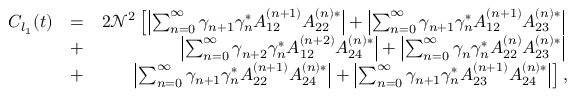
\begin{array} { r l r } { C _ { l _ { 1 } } ( t ) } & { = } & { 2 \mathcal { N } ^ { 2 } \left[ \left| \sum _ { n = 0 } ^ { \infty } \gamma _ { n + 1 } \gamma _ { n } ^ { * } A _ { 1 2 } ^ { \left( n + 1 \right) } A _ { 2 2 } ^ { \left( n \right) * } \right| + \left| \sum _ { n = 0 } ^ { \infty } \gamma _ { n + 1 } \gamma _ { n } ^ { * } A _ { 1 2 } ^ { \left( n + 1 \right) } A _ { 2 3 } ^ { \left( n \right) * } \right| \right. } \\ & { + } & { \left. \left| \sum _ { n = 0 } ^ { \infty } \gamma _ { n + 2 } \gamma _ { n } ^ { * } A _ { 1 2 } ^ { \left( n + 2 \right) } A _ { 2 4 } ^ { \left( n \right) * } \right| + \left| \sum _ { n = 0 } ^ { \infty } \gamma _ { n } \gamma _ { n } ^ { * } A _ { 2 2 } ^ { \left( n \right) } A _ { 2 3 } ^ { \left( n \right) * } \right| \right. } \\ & { + } & { \left. \left| \sum _ { n = 0 } ^ { \infty } \gamma _ { n + 1 } \gamma _ { n } ^ { * } A _ { 2 2 } ^ { \left( n + 1 \right) } A _ { 2 4 } ^ { \left( n \right) * } \right| + \left| \sum _ { n = 0 } ^ { \infty } \gamma _ { n + 1 } \gamma _ { n } ^ { * } A _ { 2 3 } ^ { \left( n + 1 \right) } A _ { 2 4 } ^ { \left( n \right) * } \right| \right] , } \end{array}